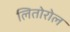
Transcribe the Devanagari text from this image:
लितोरोल